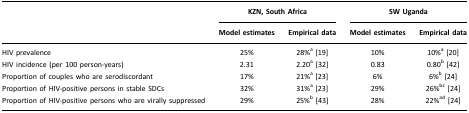
<table><thead><tr><td></td><td colspan="2"><b>KZN, South Africa</b></td><td colspan="2"><b>SW Uganda</b></td></tr><tr><td></td><td><b>Model estimates</b></td><td><b>Empirical data</b></td><td><b>Model estimates</b></td><td><b>Empirical data</b></td></tr></thead><tbody><tr><td>HIV prevalence</td><td>25%</td><td>28%a[19]</td><td>10%</td><td>10%a[20]</td></tr><tr><td>HIV incidence (per 100 person-years)</td><td>2.31</td><td>2.20a[32]</td><td>0.83</td><td>0.80b[42]</td></tr><tr><td>Proportion of couples who are serodiscordant</td><td>17%</td><td>21%a[23]</td><td>6%</td><td>6%b[24]</td></tr><tr><td>Proportion of HIV-positive persons in stable SDCs</td><td>32%</td><td>31%a[23]</td><td>29%</td><td>26%bc[24]</td></tr><tr><td>Proportion of HIV-positive persons who are virally suppressed</td><td>29%</td><td>25%b[43]</td><td>28%</td><td>22%ad[24]</td></tr></tbody></table>